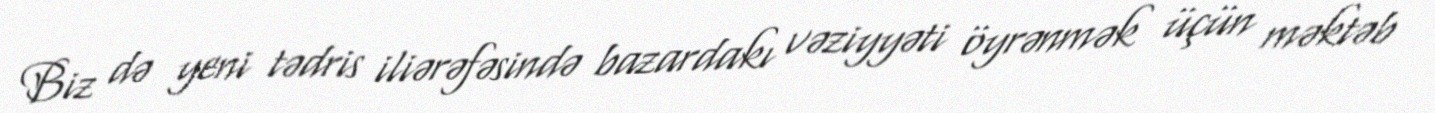
Biz də yeni tədris iliərəfəsində bazardakı vəziyyəti öyrənmək üçün məktəb